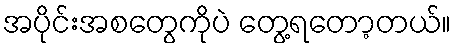
အပိုင်းအစတွေကိုပဲ တွေ့ရတော့တယ်။